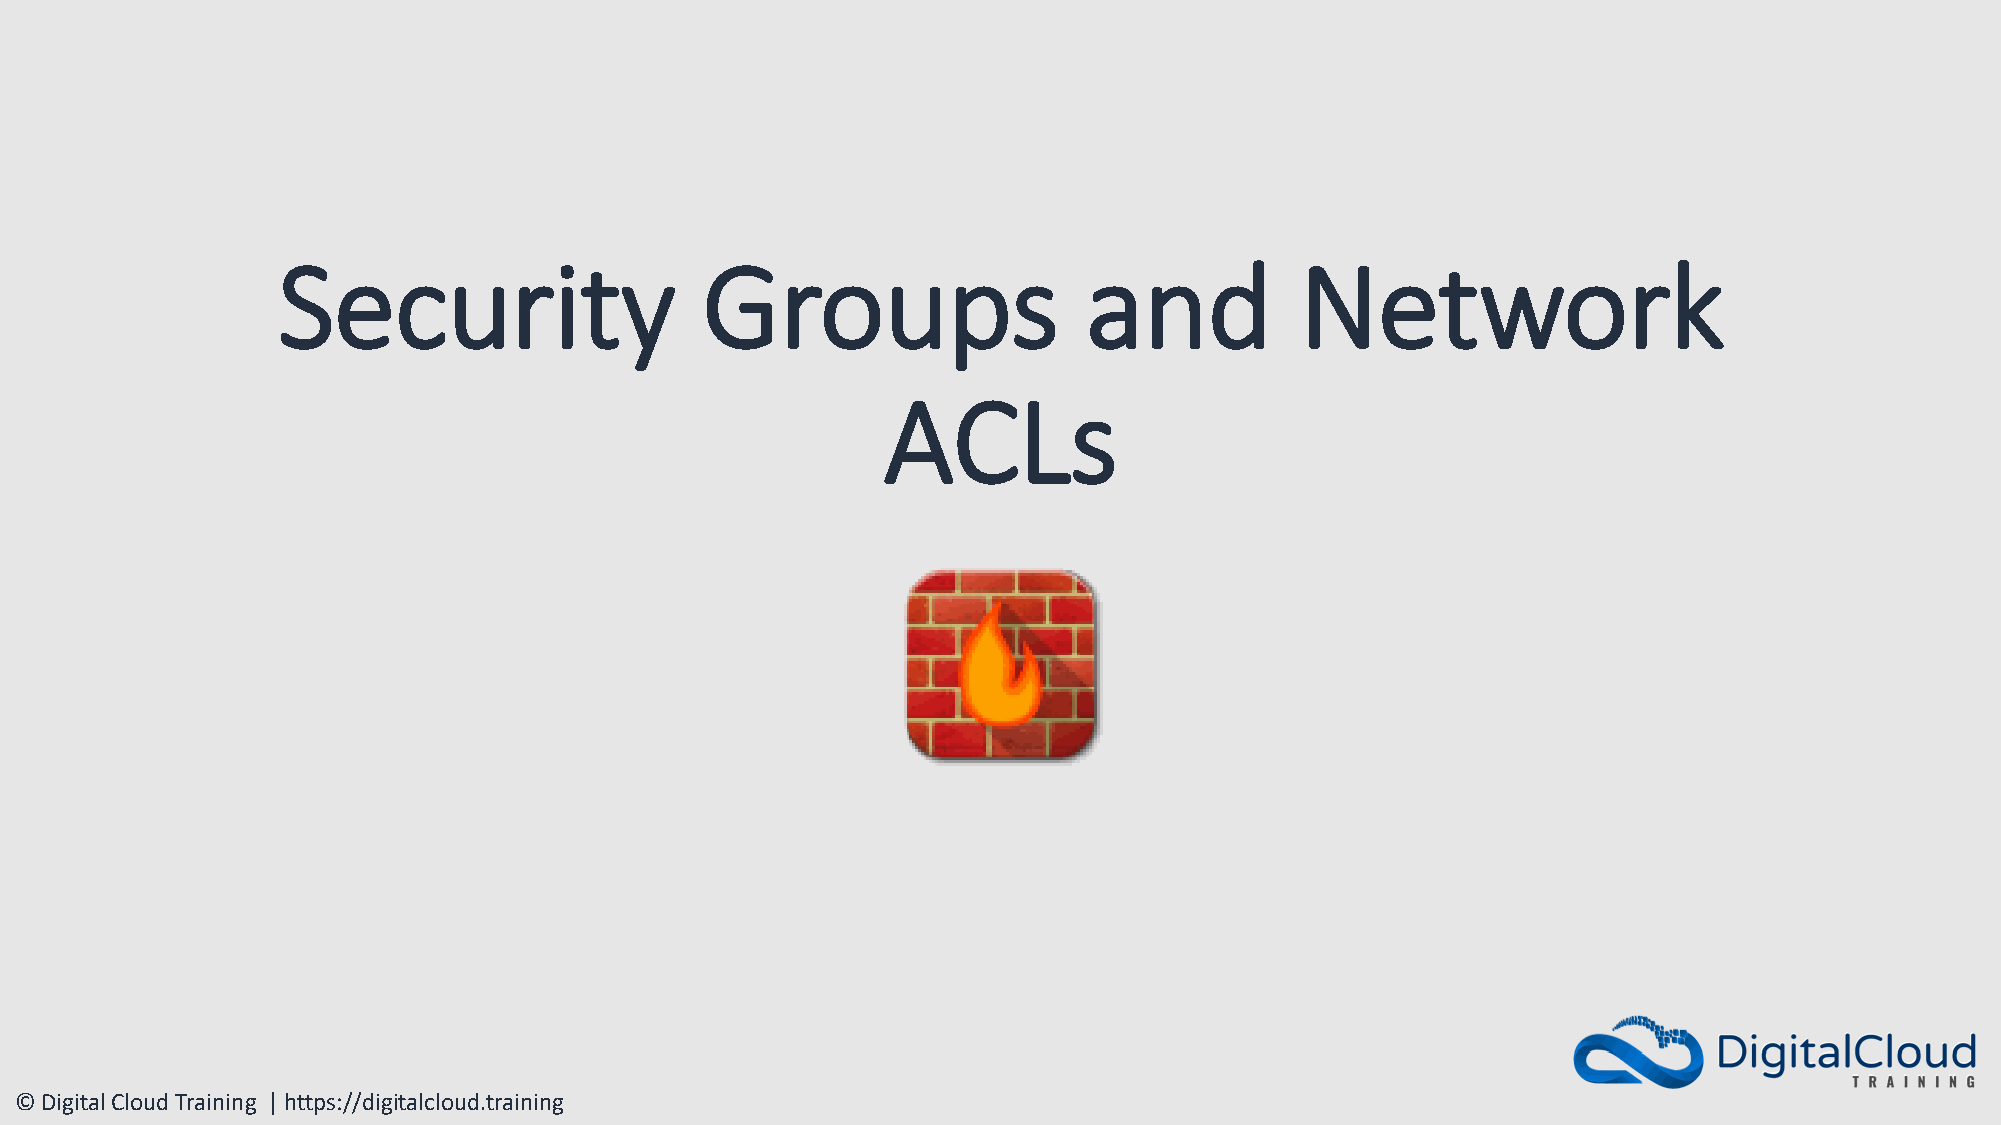
Security                    Groups                    and           Network
 ACLs
 © Digital Cloud Training | https://digitalcloud.training